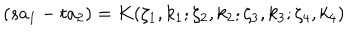
( s a _ { 1 } - t a _ { 2 } ) = K ( \zeta _ { 1 } , k _ { 1 } ; \zeta _ { 2 } , k _ { 2 } ; \zeta _ { 3 } , k _ { 3 } ; \zeta _ { 4 } , k _ { 4 } )